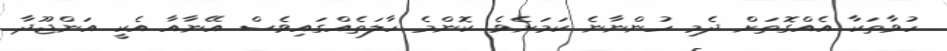
ހުވާތަކާ އެއްގޮތަށް ދެމި ހުންނާނެ ކަމަށެވެ. ކޮންމެ ހާލަތެއްގައިވެސް އޭނާއާ އެކީ އަންޖޫދާ